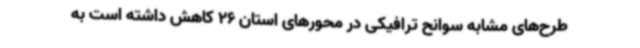
طرح‌های مشابه سوانح ترافیکی در محورهای استان 26 کاهش داشته است به